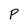
Character: P